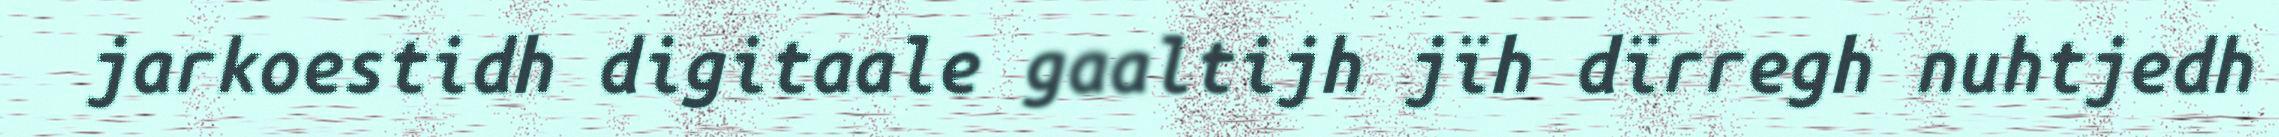
jarkoestidh digitaale gaaltijh jïh dïrregh nuhtjedh